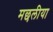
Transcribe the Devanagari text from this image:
मछलीया